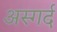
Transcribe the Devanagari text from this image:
अस्गर्द